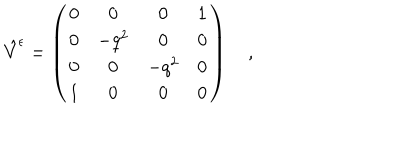
\hat { V } ^ { \epsilon } = \left( \begin{array} { c c c c } { { 0 } } & { { 0 } } & { { 0 } } & { { 1 } } \\ { { 0 } } & { { - q ^ { 2 } } } & { { 0 } } & { { 0 } } \\ { { 0 } } & { { 0 } } & { { - q ^ { 2 } } } & { { 0 } } \\ { { 1 } } & { { 0 } } & { { 0 } } & { { 0 } } \\ \end{array} \right) \quad , \quad